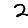
Digit: 2